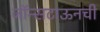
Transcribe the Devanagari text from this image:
जॉन्सटाऊनची